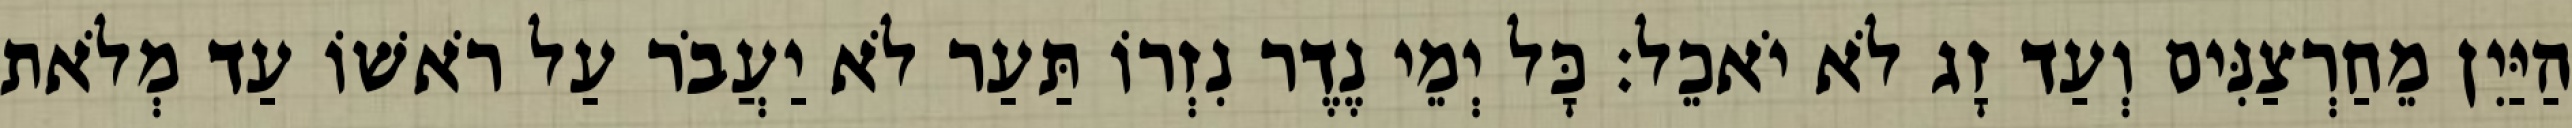
הַיַּיִן מֵחַרְצַנִּים וְעַד זָג לֹא יֹאכֵל׃ כָּל יְמֵי נֶדֶר נִזְרוֹ תַּעַר לֹא יַעֲבֹר עַל רֹאשׁוֹ עַד מְלֹאת